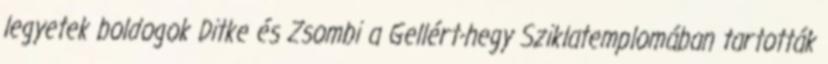
legyetek boldogok Ditke és Zsombi a Gellért-hegy Sziklatemplomában tartották